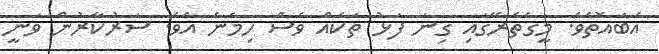
އެބައޮތެވެ. މީގެތެރޭގައި ގިނަ ފަޅު ތަކެއް ވެސް ހިމެނެ އެވެ. ސަރުކާރުން ވަނީ